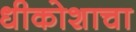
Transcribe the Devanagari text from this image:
धीकोशाचा